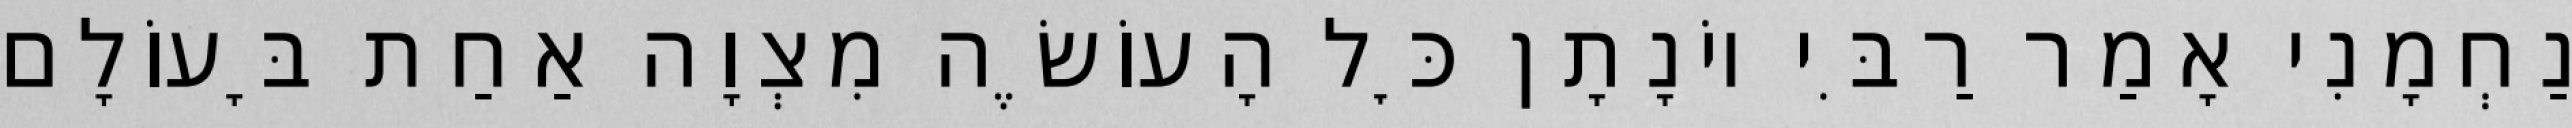
נַחְמָנִי אָמַר רַבִּי יוֹנָתָן כׇּל הָעוֹשֶׂה מִצְוָה אַחַת בָּעוֹלָם